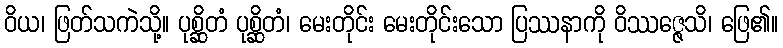
ဝိယ၊ ဖြတ်သကဲသို့။ ပုစ္ဆိတံ ပုစ္ဆိတံ၊ မေးတိုင်း မေးတိုင်းသော ပြဿနာကို ဝိဿဇ္ဇေသိ၊ ဖြေ၏။